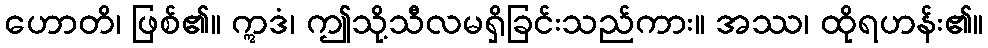
ဟောတိ၊ ဖြစ်၏။ ဣဒံ၊ ဤသို့သီလမရှိခြင်းသည်ကား။ အဿ၊ ထိုရဟန်း၏။